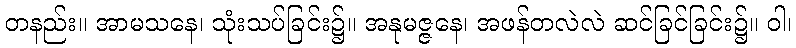
တနည်း။ အာမသနေ၊ သုံးသပ်ခြင်း၌။ အနုမဇ္ဇနေ၊ အဖန်တလဲလဲ ဆင်ခြင်ခြင်း၌။ ဝါ၊